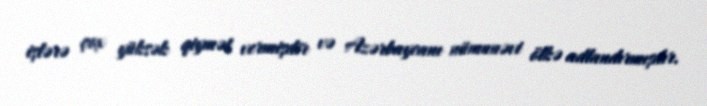
işlərə çox yüksək qiymət vermişdir və Azərbaycanı nümunəvi ölkə adlandırmışdır.